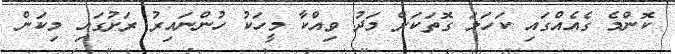
ކޮންމެ ގެއެއްގައި ކަހަލަ ގޮތަކަށް މަދު ވިއްކާ މީހަކު ހުންނައިރު ރަށުގައި މިކަން